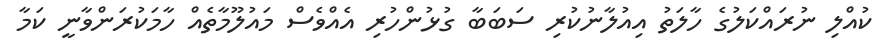
ކުއްލި ނުރައްކަލުގެ ހާލަތު އިއުލާނުކުރި ސަބަބާ ގުޅުންހުރި އެއްވެސް މައުލޫމާތެއް ހާމަކުރަންވާނީ ކަމާ